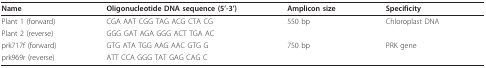
| Name | Oligonucleotide DNA sequence (5'-3') | Amplicon size | Specificity |
 | --- | --- | --- | --- |
 | Plant 1 (forward) | CGA AAT CGG TAG ACG CTA CG | 550 bp | Chloroplast DNA |
 | Plant 2 (reverse) | GGG GAT AGA GGG ACT TGA AC |  |  |
 | prk717f (forward) | GTG ATA TGG AAG AAC GTG G | 750 bp | PRK gene |
 | prk969r (reverse) | ATT CCA GGG TAT GAG CAG C |  |  |